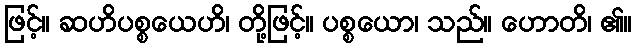
ဖြင့်။ ဆဟိပစ္စယေဟိ၊ တို့ဖြင့်။ ပစ္စယော၊ သည်။ ဟောတိ၊ ၏။